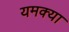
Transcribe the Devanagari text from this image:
यमक्या